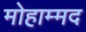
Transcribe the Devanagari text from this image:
मोहाम्मद